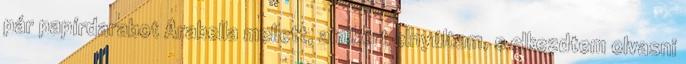
pár papírdarabot Arabella mellett, amikért elnyúltam, s elkezdtem olvasni